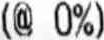
(@ 0%)